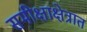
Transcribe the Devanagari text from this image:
समीक्षाक्षेत्रात